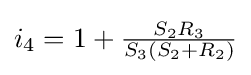
i_{4}=1+{\tfrac {S_{2}R_{3}}{S_{3}(S_{2}+R_{2})}}